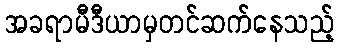
အခရာမီဒီယာမှတင်ဆက်နေသည့်